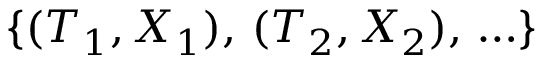
\{ ( T _ { 1 } , X _ { 1 } ) , \, ( T _ { 2 } , X _ { 2 } ) , \, \ldots \}